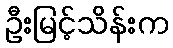
ဦးမြင့်သိန်းက